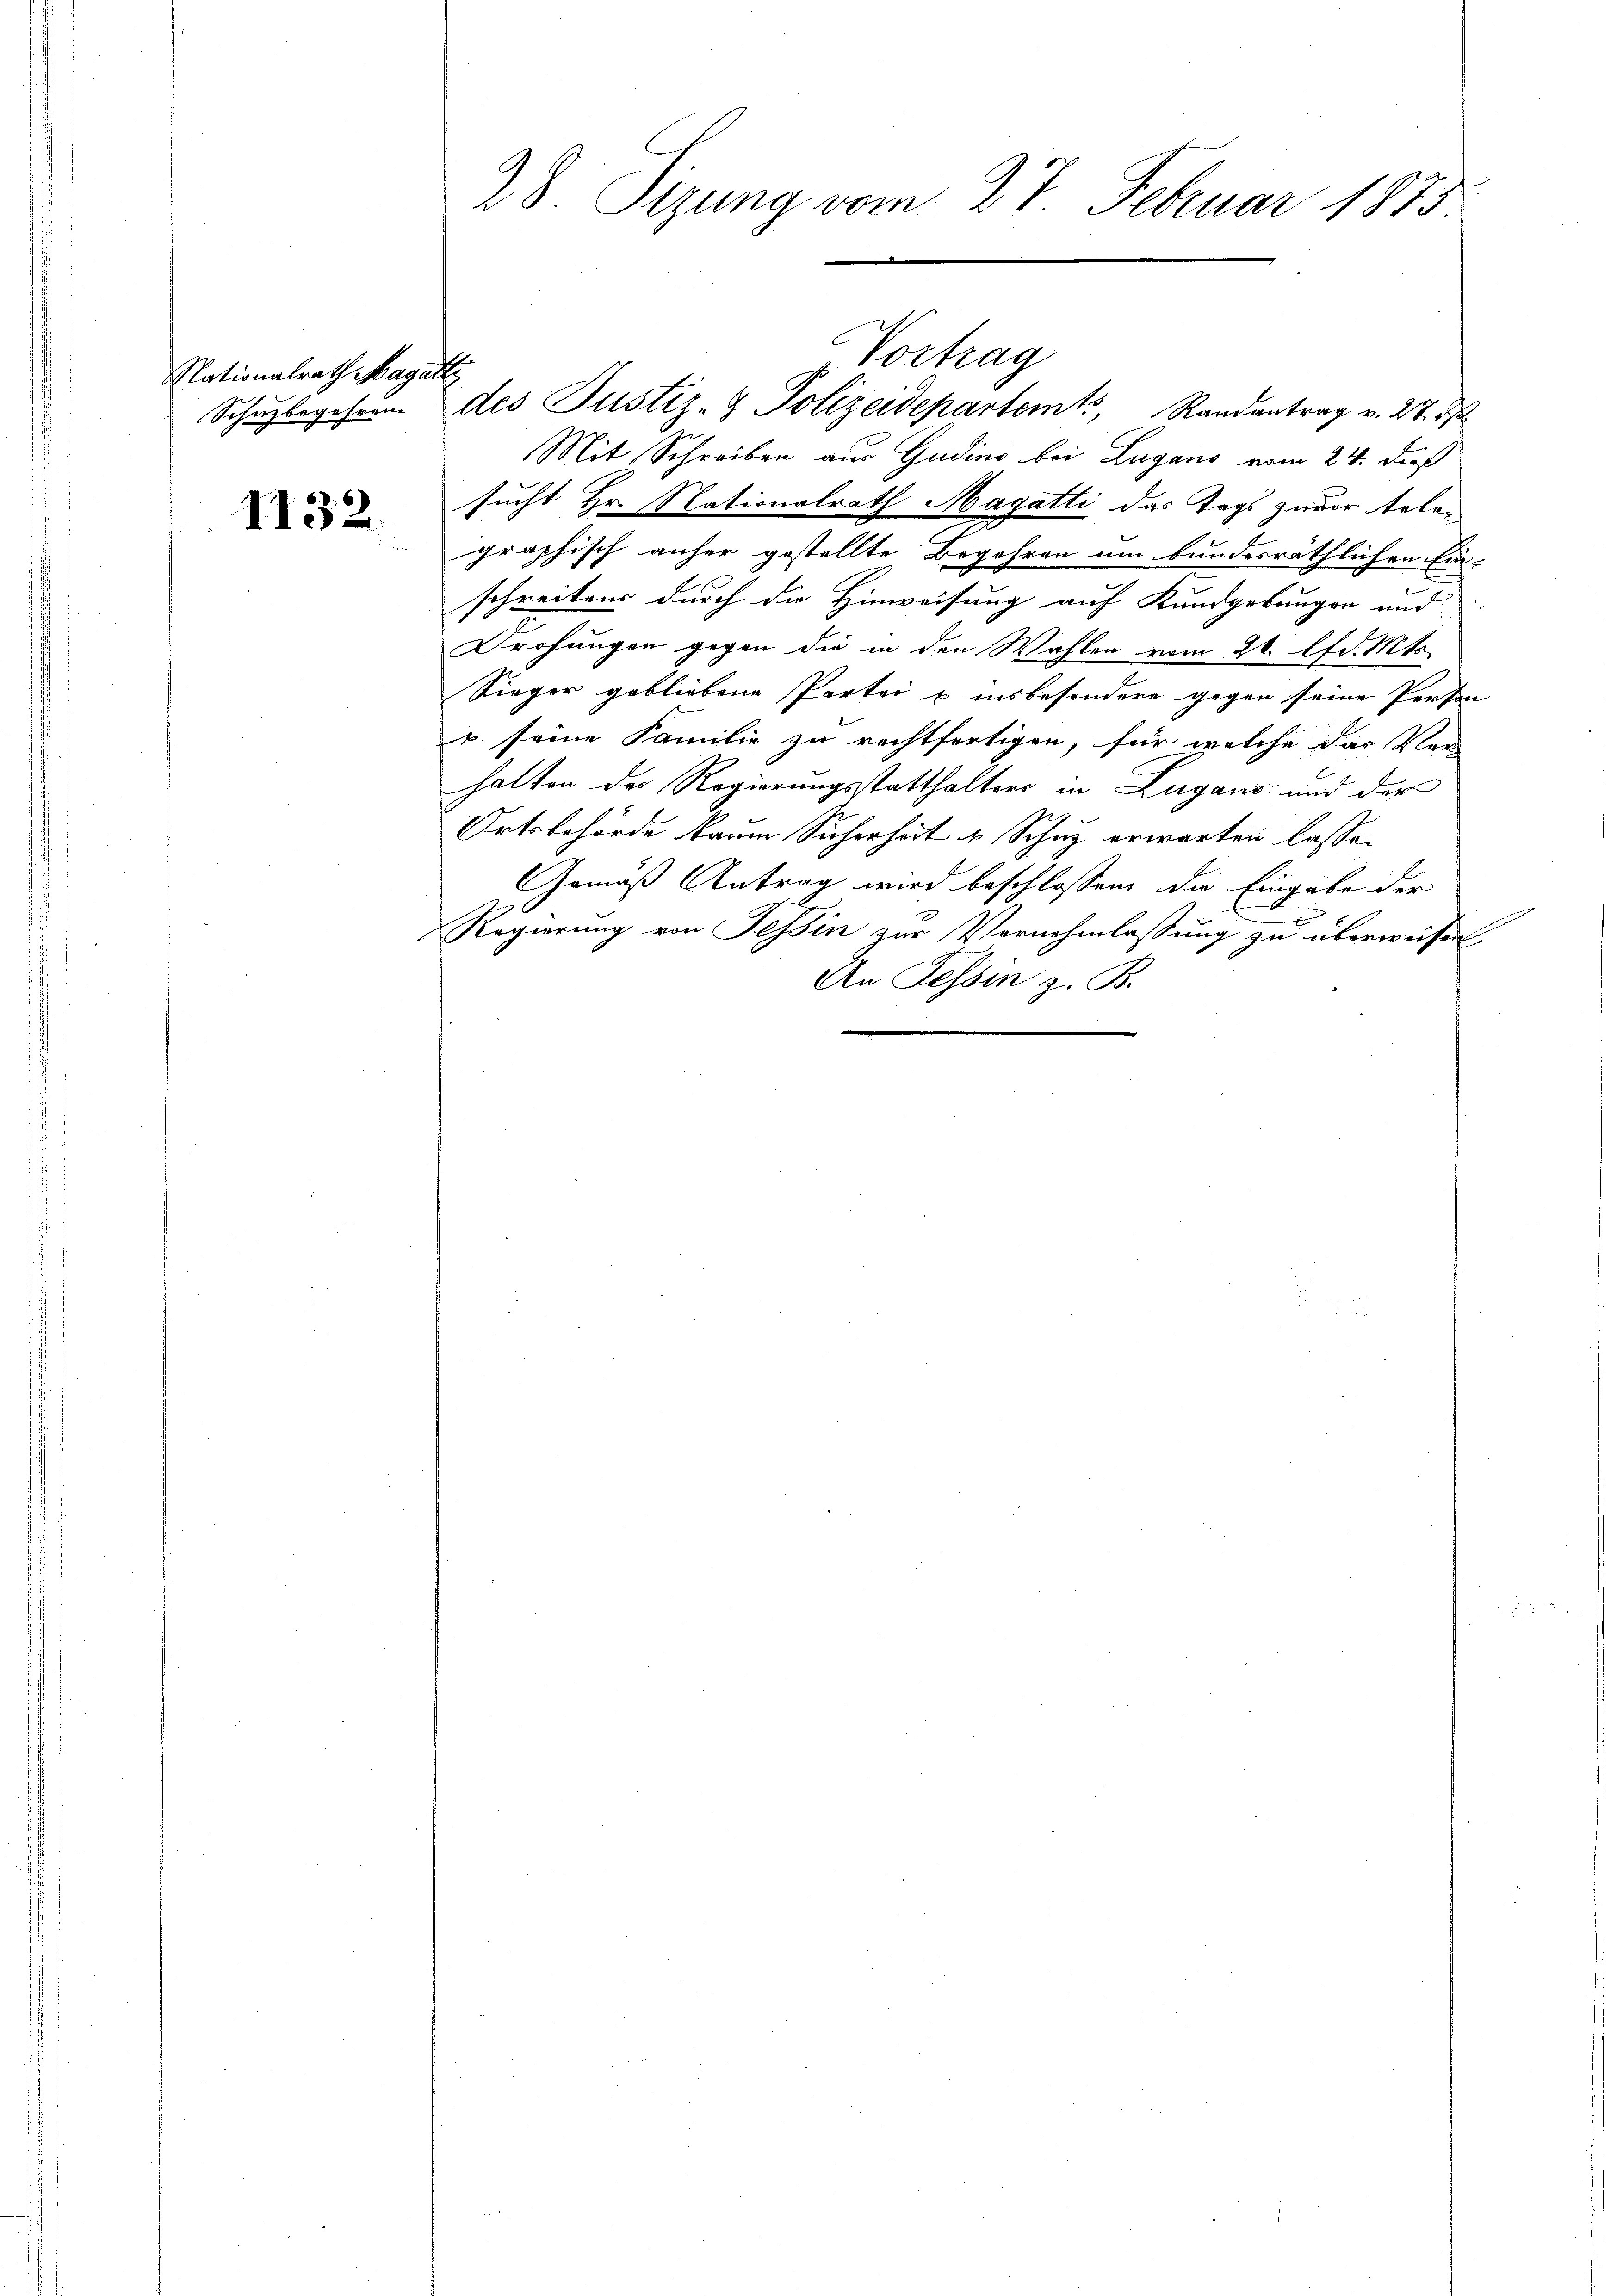
Nationalrath Magatte
Schuzbegehren

1132.

28. Sizung vom 27. Februar 1873
.

Mit Schreiben aus Gudius bei Lugano vom 24. dieß
sucht Hr. Stationalrath Magatti das Tags zuvor telegraphisch anher gestellte Begehren um bundesräthlichen Ein-
schreitens durch die Hinweisung auf Kundgebungen und |
Drohungen gegen die in den Wahlen vom 20. lfd. Mt
Sieger gebliebene Partei u insbesondere gegen seine Person
1 seine Familie zu rechtfertigen, für welche das Ver
halten des Regierungsstatthalters in Lugano und der
Ortsbehörde kaum Sicherhört & Schuz erwarten lasse.
Gemäß Antrag wird beschlossen, die Eingabe der
Regierung von Tessin zur Vornehmlassung zu überweisen
An Tessin z. B.

Vortrag
des Justiz- & Polizeidepartemt, Randantrag v. 27. M